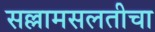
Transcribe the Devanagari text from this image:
सल्लामसलतीचा